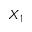
X _ { 1 }